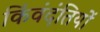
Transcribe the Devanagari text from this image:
किंवंदंतियों